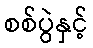
စစ်ပွဲနှင့်